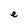
Character: e